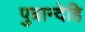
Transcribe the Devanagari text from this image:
पुत्रान्देहि